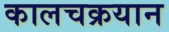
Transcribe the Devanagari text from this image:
कालचक्रयान